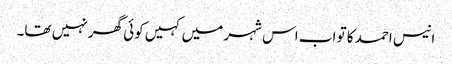
انیس احمد کا تو اب اس شہر میں کہیں کوئی گھر نہیں تھا۔